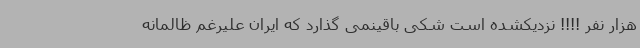
هزار نفر !!!! نزدیکشده است شکی باقینمی گذارد که ایران علیرغم ظالمانه